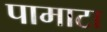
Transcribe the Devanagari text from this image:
पामाटा